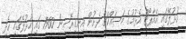
ހުޅުލޭގައި އެއާޕޯޓް އެޅުމުގެ މަސައްކަތް ފެށުން އިނގިރޭސިން 1960 ގައި ހުޅުލޭގައި ހެދި